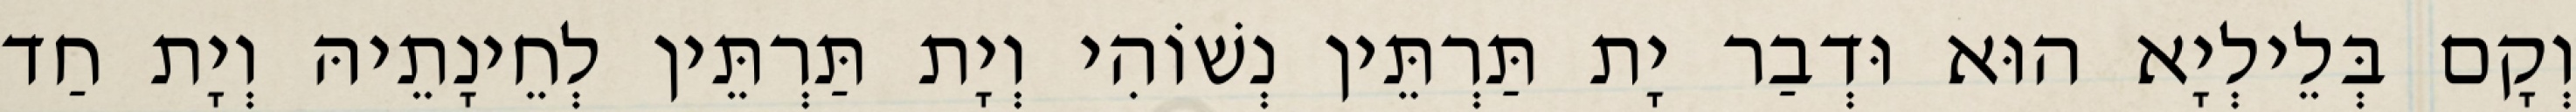
וְקָם בְּלֵילְיָא הוּא וּדְבַר יָת תַּרְתֵּין נְשׁוֹהִי וְיָת תַּרְתֵּין לְחֵינָתֵיהּ וְיָת חַד